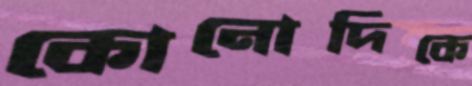
কোনোদিকে